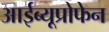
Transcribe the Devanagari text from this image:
आईब्यूप्रोफेन